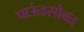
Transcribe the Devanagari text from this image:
पाऊंडसोबत